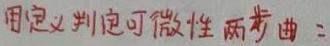
用定义判定可微性 两考曲二